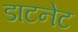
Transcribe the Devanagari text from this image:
डाटनेट